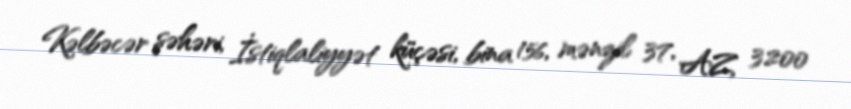
Kəlbəcər şəhəri, İstiqlaliyyət küçəsi, bina 156, mənzil 37, AZ 3200